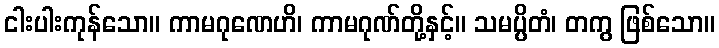
ငါးပါးကုန်သော။ ကာမဂုဏေဟိ၊ ကာမဂုဏ်တို့နှင့်။ သမပ္ပိတံ၊ တကွ ဖြစ်သော။